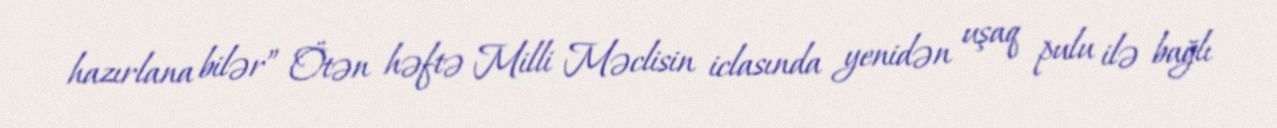
hazırlana bilər” Ötən həftə Milli Məclisin iclasında yenidən uşaq pulu ilə bağlı